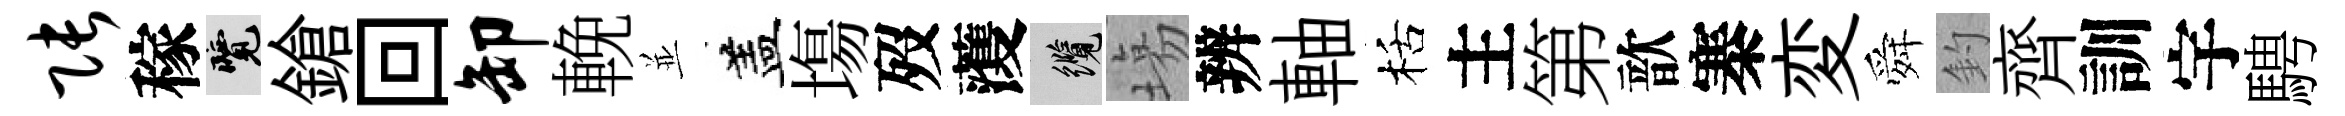
张稼覽鎗回卸輓並盖塲歿𮑮纜塲辨軸栝主第歆寨変舜釣齊訓宇騁